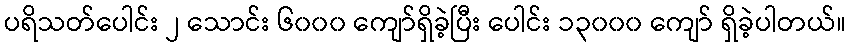
ပရိသတ်ပေါင်း ၂ သောင်း ၆၀၀၀ ကျော်ရှိခဲ့ပြီး ပေါင်း ၁၃၀၀၀ ကျော် ရှိခဲ့ပါတယ်။